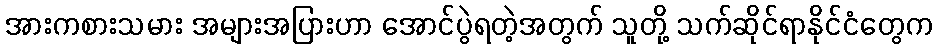
အားကစားသမား အများအပြားဟာ အောင်ပွဲရတဲ့အတွက် သူတို့ သက်ဆိုင်ရာနိုင်ငံတွေက